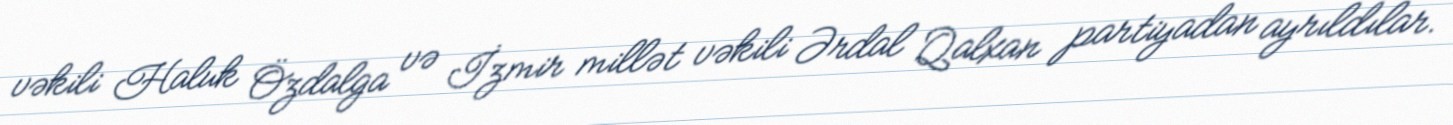
vəkili Haluk Özdalga və İzmir millət vəkili Ərdal Qalxan partiyadan ayrıldılar.